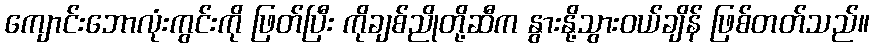
ကျောင်းဘောလုံးကွင်းကို ဖြတ်ပြီး ကိုချစ်ညိုတို့ဆီက နွားနို့သွားဝယ်ချိန် ဖြစ်တတ်သည်။